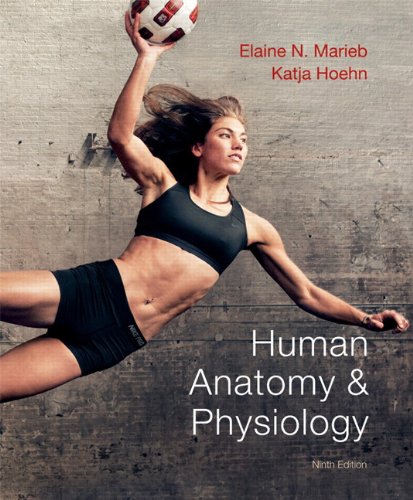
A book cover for Human Anatomy & Physiology (9th Edition); Elaine N. Marieb; Medical Books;